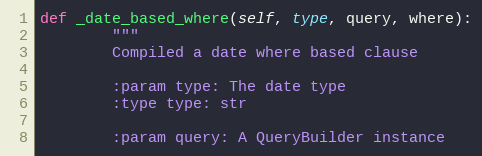
Language: Python
def _date_based_where(self, type, query, where):
        """
        Compiled a date where based clause

        :param type: The date type
        :type type: str

        :param query: A QueryBuilder instance